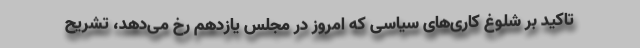
تاکید بر شلوغ کاری‌های سیاسی که امروز در مجلس یازدهم رخ می‌دهد، تشریح